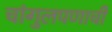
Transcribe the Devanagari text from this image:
चांगुलपणाची